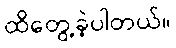
ထိတွေ့ခဲ့ပါတယ်။